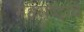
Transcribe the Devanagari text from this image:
महराष्ट्राचे